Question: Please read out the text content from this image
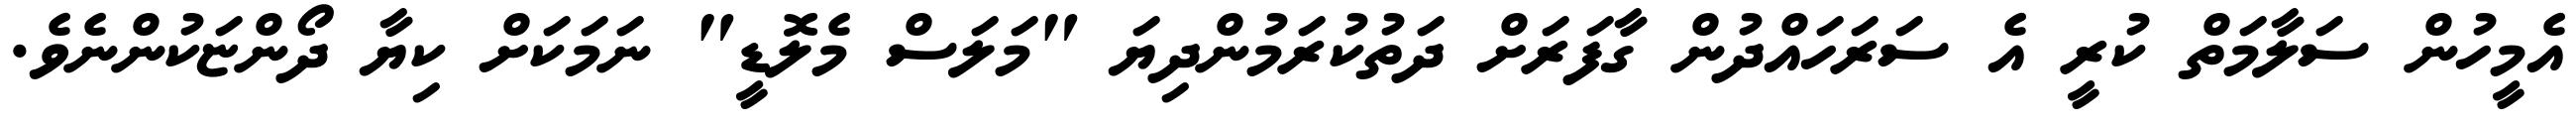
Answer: އެމީހުން ސަލާމަތް ކުރީ އެ ސަރަހައްދުން ގާފަރަށް ދަތުކުރަމުންދިޔަ "މަލަސް މެލޮޑީ" ނަމަކަށް ކިޔާ ދޯންޏަކުންނެވެ.